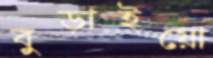
বুড়াইয়ো